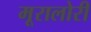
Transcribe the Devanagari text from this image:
मूरालोरी